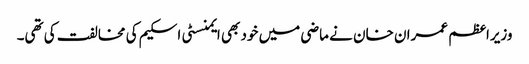
وزیراعظم عمران خان نے ماضی میں خود بھی ایمنسٹی اسکیم کی مخالفت کی تھی۔